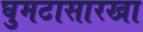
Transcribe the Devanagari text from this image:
घुमटासारखा